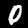
Digit: 0